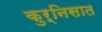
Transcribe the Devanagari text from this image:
कुर्निसात